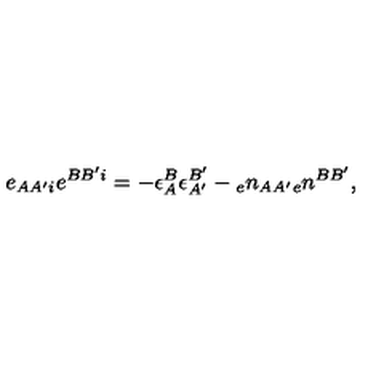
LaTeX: e _ { A A ^ { \prime } i } e ^ { B B ^ { \prime } i } = - \epsilon _ { A } ^ { B } \epsilon _ { A ^ { \prime } } ^ { B ^ { \prime } } - { _ { e } n _ { A A ^ { \prime } } } { _ { e } n ^ { B B ^ { \prime } } } ,